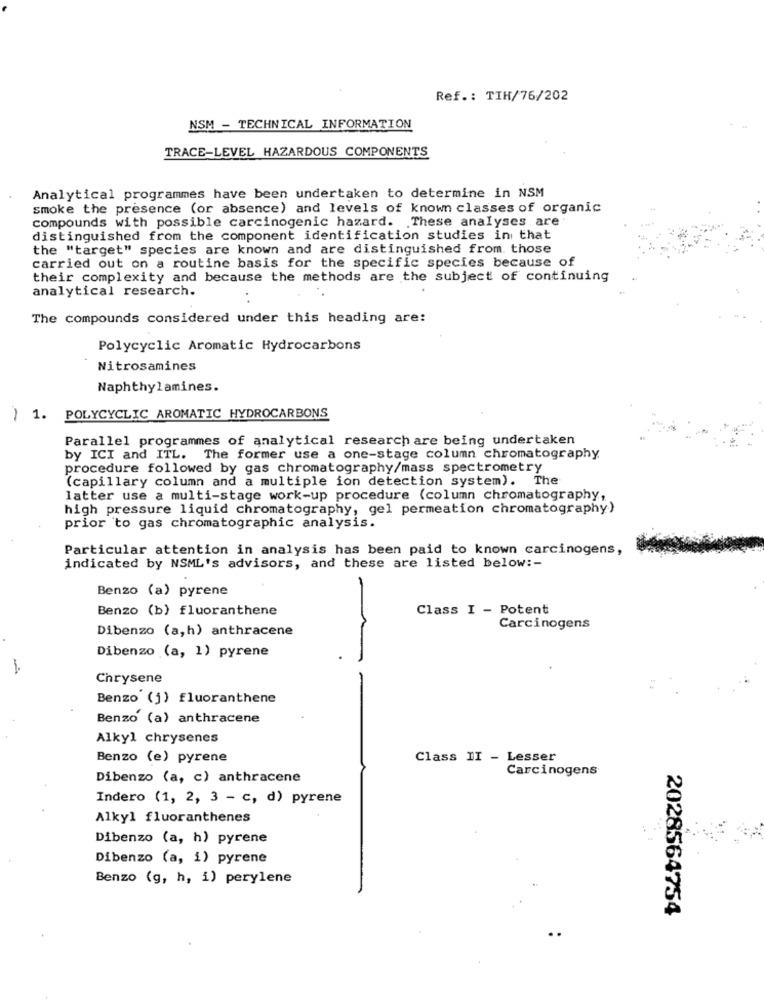
Ref .: TIH/76/202
NSM - TECHNICAL INFORMATION
TRACE-LEVEL HAZARDOUS COMPONENTS
Analytical programmes have been undertaken to determine in NSM
smoke the presence (or absence) and levels of known classes of organic
compounds with possible carcinogenic hazard. These analyses are
distinguished from the component identification studies in that
the "target" species are known and are distinguished from those
carried out on a routine basis for the specific species because of
their complexity and because the methods are the subject of continuing
analytical research.
The compounds considered under this heading are:
Polycyclic Aromatic Hydrocarbons
Nitrosamines
Naphthylamines.
) 1. POLYCYCLIC AROMATIC HYDROCARBONS
Parallel programmes of analytical research are being undertaken
by ICI and ITL. The former use a one-stage column chromatography
procedure followed by gas chromatography/mass spectrometry
(capillary column and a multiple ion detection system). The
latter use a multi-stage work-up procedure (column chromatography,
high pressure liquid chromatography, gel permeation chromatography)
prior to gas chromatographic analysis.
Particular attention in analysis has been paid to known carcinogens,
indicated by NSML's advisors, and these are listed below :-
Benzo (a) pyrene
Benzo (b) fluoranthene
Class I - Potent
Dibenzo (a,h) anthracene
Carcinogens
Dibenzo (a, 1) pyrene
Chrysene
Benzo (j) fluoranthene
Benzo (a) anthracene
Alkyl chrysenes
Benzo (e) pyrene
Class II - Lesser
Carcinogens
Dibenzo (a, c) anthracene
Indero (1, 2, 3 - c, d) pyrene
Alkyl fluoranthenes
Dibenzo (a, h) pyrene
Dibenzo (a, i) pyrene
Benzo (g, h, i) perylene
2028564754